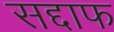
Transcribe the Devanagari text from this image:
सद्दाफ